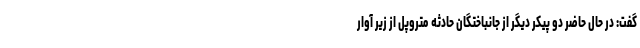
گفت: در حال حاضر دو پیکر دیگر از جانباختگان حادثه متروپل از زیر آوار